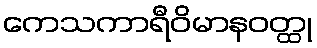
ကေသကာရီဝိမာနဝတ္ထု